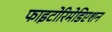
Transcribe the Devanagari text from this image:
फाइटोरिमेडिएशन